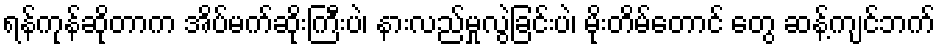
ရန်ကုန်ဆိုတာက အိပ်မက်ဆိုးကြီးပဲ၊ နားလည်မှုလွဲခြင်းပဲ၊ မိုးတိမ်တောင် တွေ ဆန့်ကျင်ဘက်